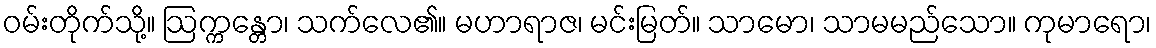
ဝမ်းတိုက်သို့။ ဩက္ကန္တော၊ သက်လေ၏။ မဟာရာဇ၊ မင်းမြတ်။ သာမော၊ သာမမည်သော။ ကုမာရော၊